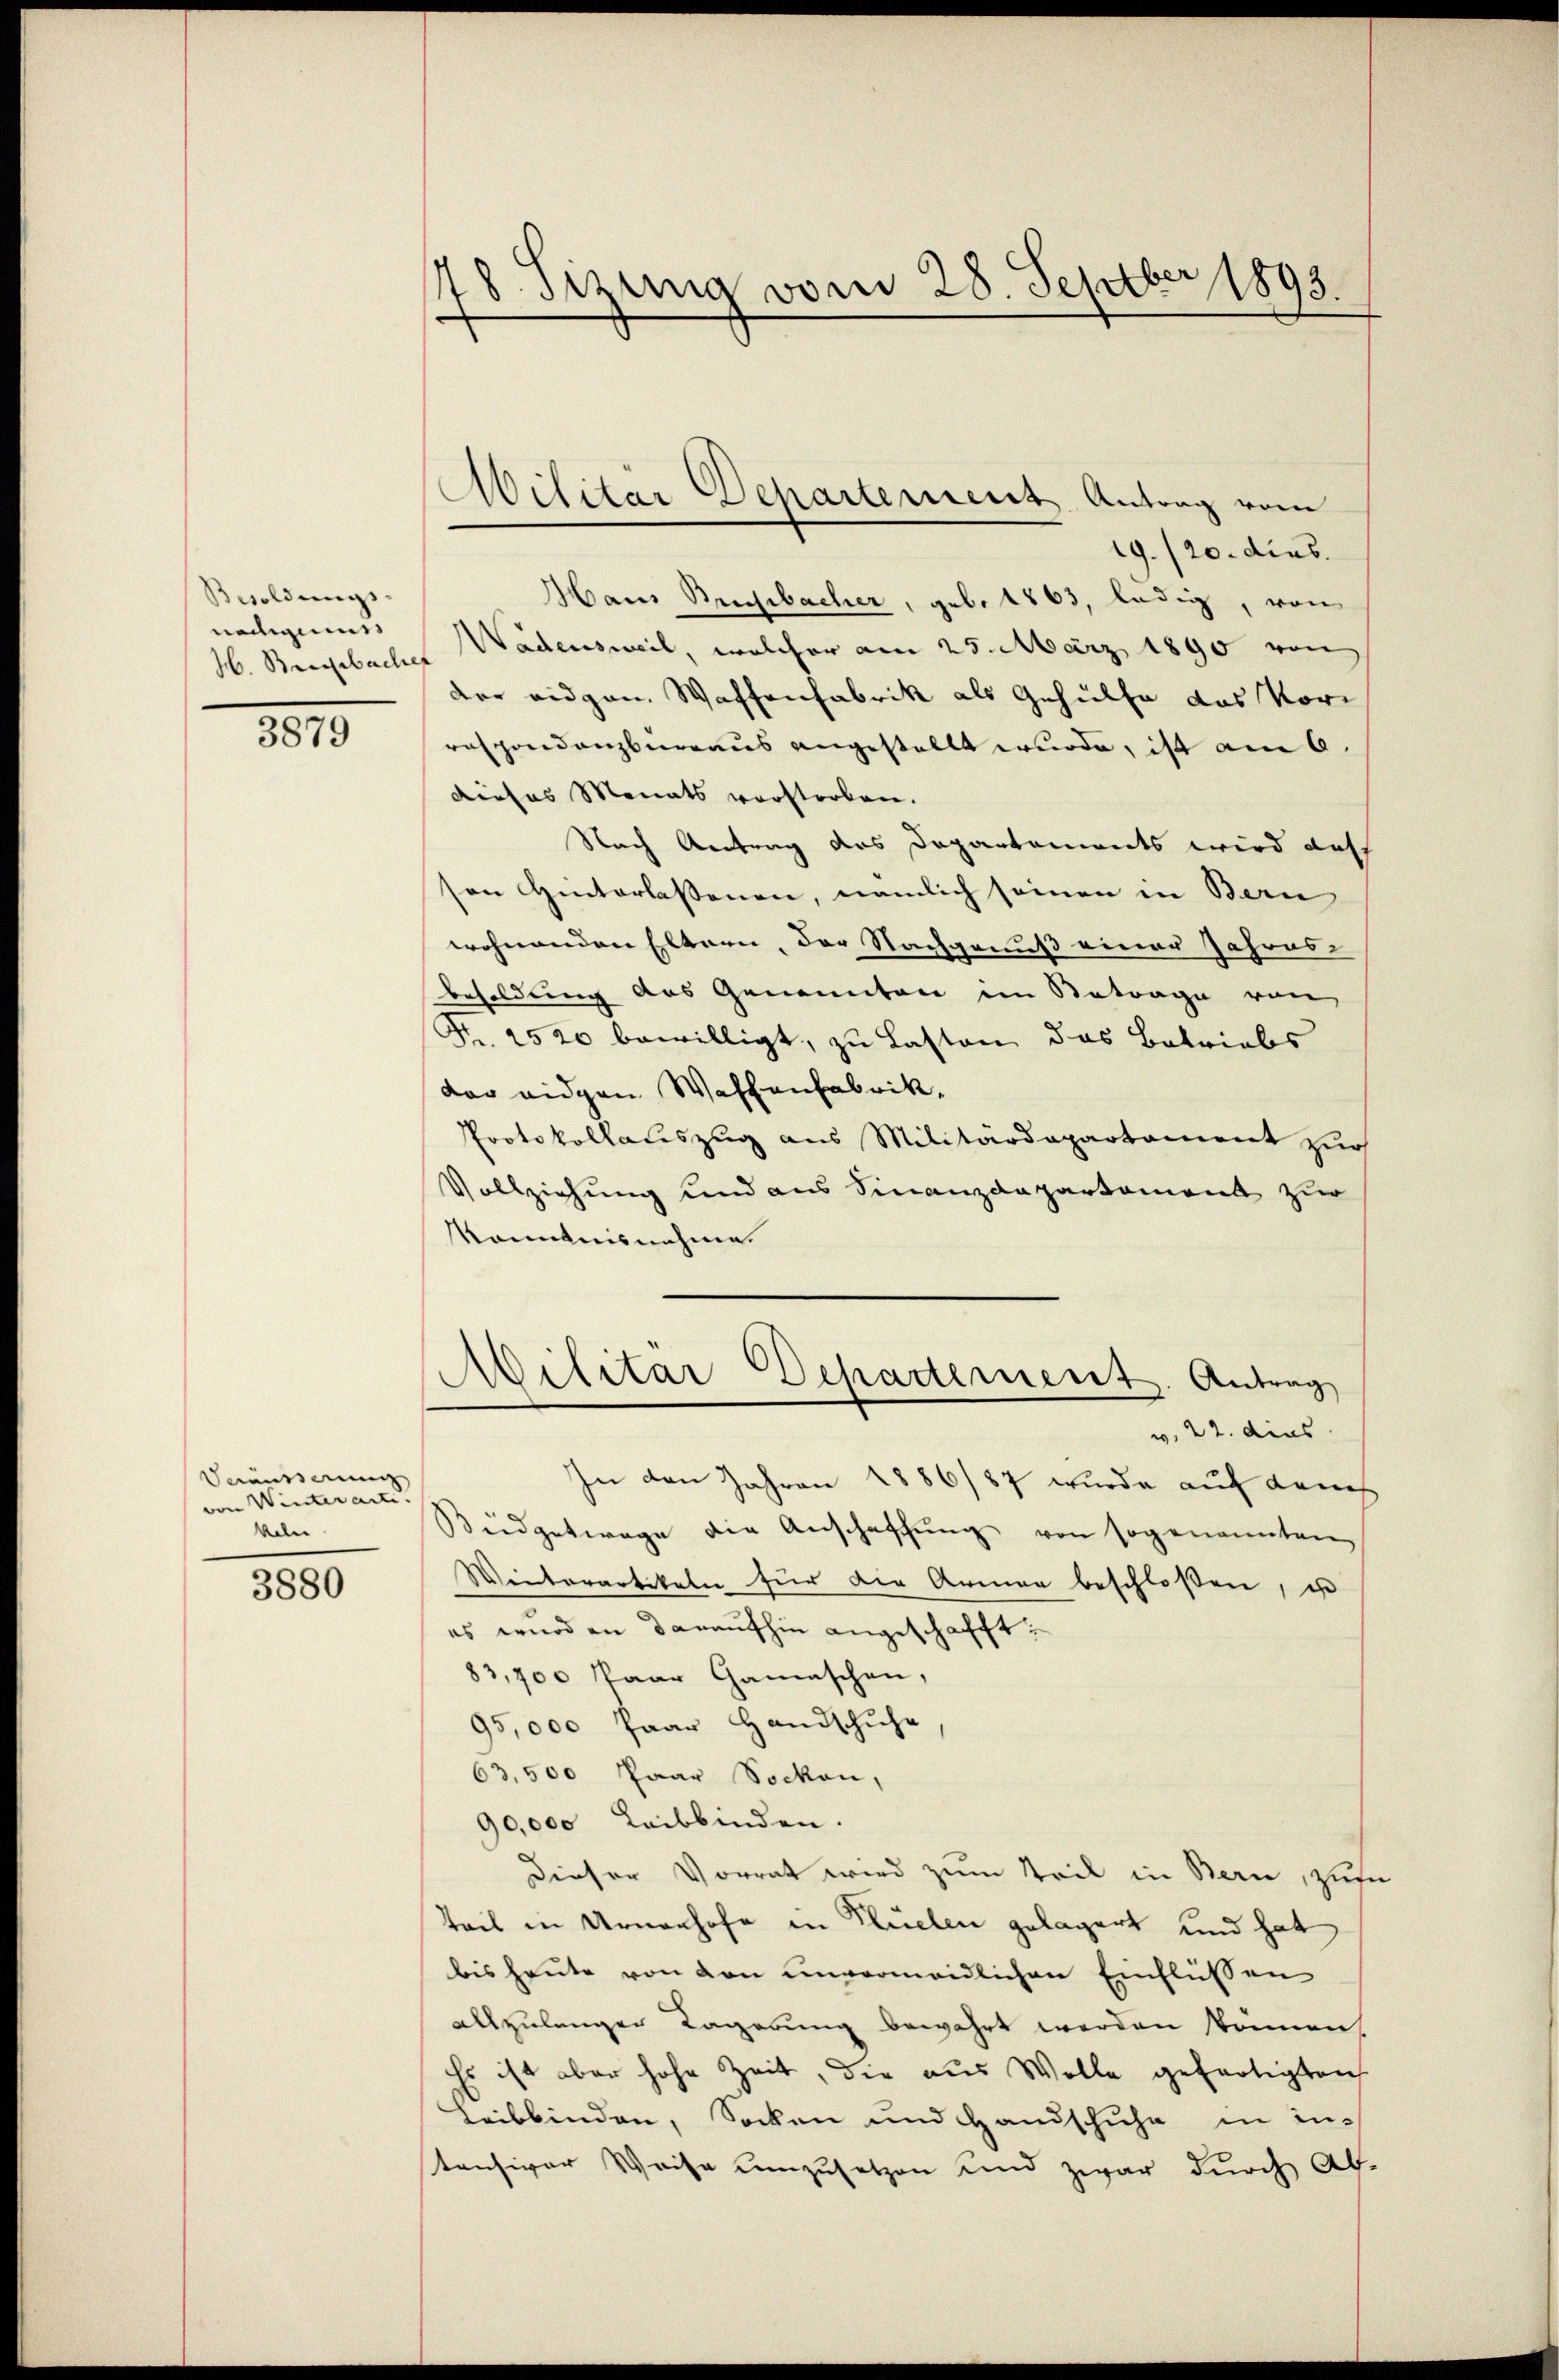
Besoldungs
nadigung
H. Bergebaches

3879

Veräusserung
von Winteramt.
keler
3880

78. Sizung vom 28. Septber 1893.

Militär Departement Antrag vom

19./20. dies
Hans Buchbacher, geb. 1863, ledig, von
Wädensweil, welcher am 25. März 1890 von
der eidgen. Waffenfabrik als Gehülfe das Vorrespondanzberraus angestellt wurde, ist am 6.
dieses Monats vorstorben.
Nach Antrag das Departements wird auf
ton Hinterlassenen, nämlich seinen in Bern
wohnenden Eltern, der Nachgenuß einer Jahres-
Besoldung des Genannten im Betrage von
Fr. 2520 bewilligt, zu Lasten das Betriebs
der eidgen Waffenfabrik.
Protokollauszug aus Militärdepartament zur
Vollziehung und aus Finanzdepartament zur
Kenntnisnahme.
Militar Departement. Antrag
w. 22. dies
In den Jahren 1886/87 wurde auf dems
Büdgetwage die Anschaffŭng von sogenannten
Weiterartikeln für die Armen beschloßen, i
es wird an daraufhin angeschacht,
83,700 Paar Gamaschen,
95,000 Paar Handschuhe
63,500 Paar Socken,
90,000 Leibbinden.
dieser Vorrat wird zum Teil in Bern, zum
Teil in Urnenhofe in Flüelen gelagert und hat
bis heute von von unvermeidlichen Einflüssen
allzulangen Lagerung bewahrt werden können,
Es ist aber hohe Zeit, die aus Wolle gefertigten
Leibbinden, Socken und Handschuhe in intensiver Weise umzusetzen und zwar durch Ab-